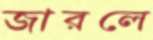
জারলে